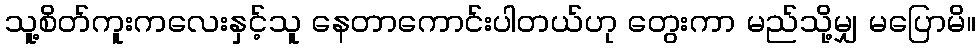
သူ့စိတ်ကူးကလေးနှင့်သူ နေတာကောင်းပါတယ်ဟု တွေးကာ မည်သို့မျှ မပြောမိ။